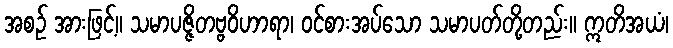
အစဉ် အားဖြင့်။ သမာပဇ္ဇိတဗ္ဗဝိဟာရာ၊ ဝင်စားအပ်သော သမာပတ်တို့တည်း။ ဣတိအယံ၊